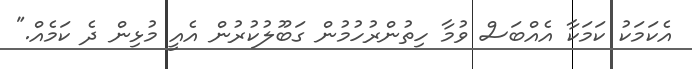
އެކަމަކު ކަމަކާ އެއްބަސް ވުމާ ހިތުންރުހުމުން ގަބޫލުކުރުން އެއީ މުޅިން ދެ ކަމެއް."